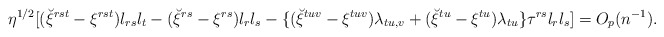
\begin{align*}\eta^{1/2}[(\breve\xi^{rst}-\xi^{rst})l_{rs}l_t-(\breve\xi^{rs}-\xi^{rs})l_rl_s-\{(\breve\xi^{tuv}-\xi^{tuv})\lambda_{tu,v}+(\breve\xi^{tu}-\xi^{tu})\lambda_{tu}\}\tau^{rs}l_rl_s]=O_p(n^{-1}).\end{align*}